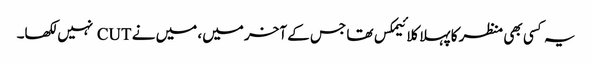
یہ کسی بھی منظر کا پہلا کلائیمکس تھا جس کے آخر میں، میں نے CUT نہیں لکھا۔